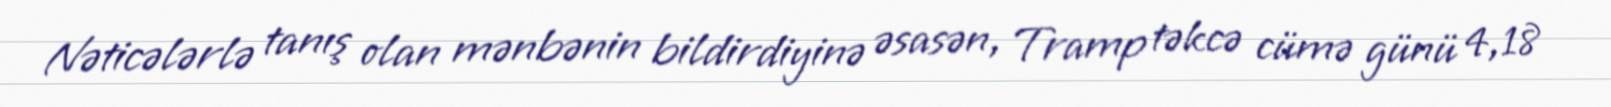
Nəticələrlə tanış olan mənbənin bildirdiyinə əsasən, Tramp təkcə cümə günü 4,18